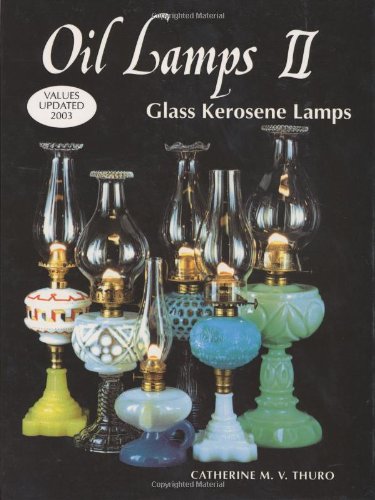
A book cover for Oil Lamps II: Glass Kerosene Lamps; Catherine M. Thuro; Crafts, Hobbies & Home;